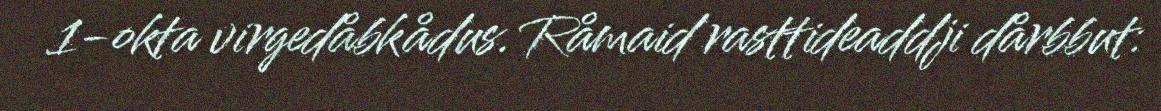
1-okta virgedåbkådus. Råmaid rasttideaddji dårbbut: